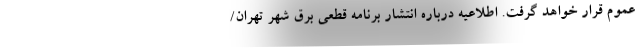
عموم قرار خواهد گرفت. اطلاعیه درباره انتشار برنامه قطعی برق شهر تهران/